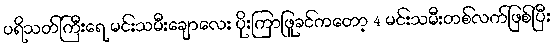
ပရိသတ်ကြီးရေ မင်းသမီးချောလေး ပိုးကြာဖြူခင်ကတော့ 4 မင်းသမီးတစ်လက်ဖြစ်ပြီး